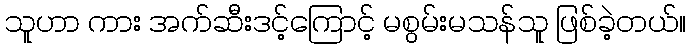
သူဟာ ကား အက်ဆီးဒင့်ကြောင့် မစွမ်းမသန်သူ ဖြစ်ခဲ့တယ်။